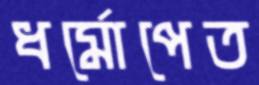
ধর্মোপেত